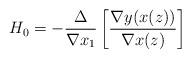
LaTeX: \begin{align*}H_{0}=-\frac{\Delta}{\nabla x_{1}}\left[\frac{\nabla y(x(z))}{\nabla x(z)}\right]\end{align*}